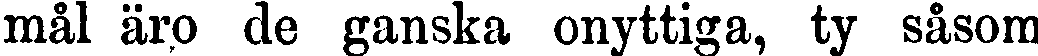
mål äro de ganska onyttiga, ty såsom